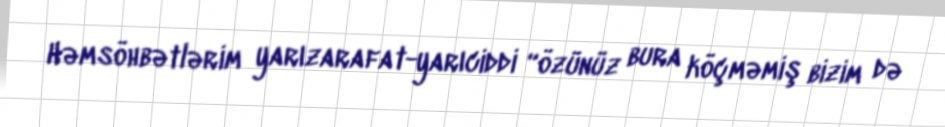
Həmsöhbətlərim yarızarafat-yarıciddi “özünüz bura köçməmiş bizim də